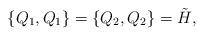
LaTeX: \begin{align*}\{ Q_{1}, Q_{1}\}=\{ Q_{2}, Q_{2}\}=\tilde{H},\end{align*}